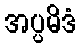
အပ္ပမိဒံ